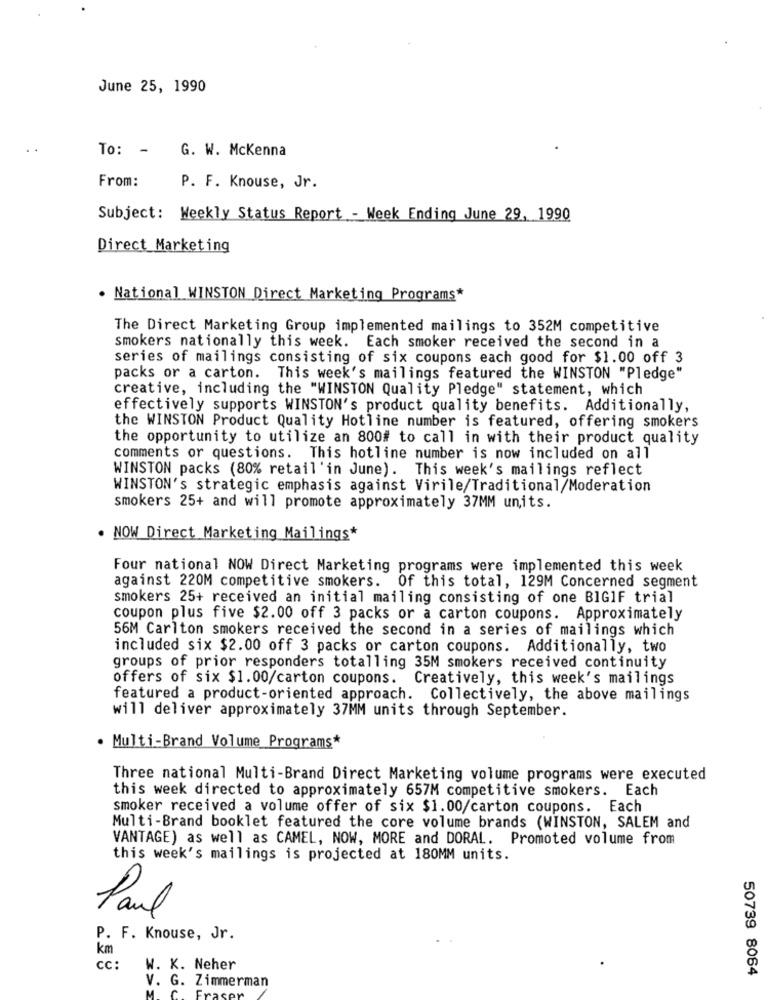
June 25, 1990
To: -
G. W. Mckenna
From:
P. F. Knouse, Jr.
Subject: Weekly Status Report - Week Ending June 29, 1990
Direct Marketing
. National WINSTON Direct Marketing Programs*
The Direct Marketing Group implemented mailings to 352M competitive
smokers nationally this week. Each smoker received the second in a
series of mailings consisting of six coupons each good for $1.00 off 3
packs or a carton. This week's mailings featured the WINSTON "Pledge"
creative, including the "WINSTON Quality Pledge" statement, which
effectively supports WINSTON's product quality benefits. Additionally,
the WINSTON Product Quality Hotline number is featured, offering smokers
the opportunity to utilize an 800# to call in with their product quality
comments or questions. This hotline number is now included on all
WINSTON packs (80% retail'in June). This week's mailings reflect
WINSTON's strategic emphasis against Virile/Traditional/Moderation
smokers 25+ and will promote approximately 37MM units.
NOW Direct Marketing Mailings*
Four national NOW Direct Marketing programs were implemented this week
against 220M competitive smokers. Of this total, 129M Concerned segment
smokers 25+ received an initial mailing consisting of one BIGIF trial
coupon plus five $2.00 off 3 packs or a carton coupons. Approximately
56M Carlton smokers received the second in a series of mailings which
included six $2.00 off 3 packs or carton coupons. Additionally, two
groups of prior responders totalling 35M smokers received continuity
offers of six $1.00/carton coupons. Creatively, this week's mailings
featured a product-oriented approach. Collectively, the above mailings
will deliver approximately 37MM units through September.
. Multi-Brand Volume Programs*
Three national Multi-Brand Direct Marketing volume programs were executed
this week directed to approximately 657M competitive smokers. Each
smoker received a volume offer of six $1.00/carton coupons. Each
Multi-Brand booklet featured the core volume brands (WINSTON, SALEM and
VANTAGE) as well as CAMEL, NOW, MORE and DORAL. Promoted volume from
this week's mailings is projected at 180MM units.
Paul
P. F. Knouse, Jr.
km
cc:
W. K. Neher
50739 8064
V. G. Zimmerman